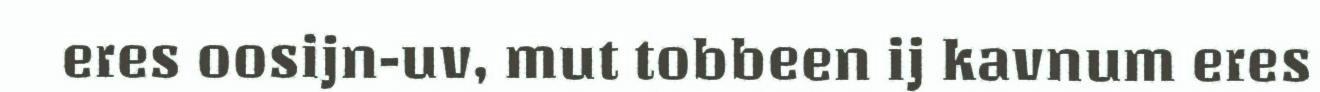
eres oosijn-uv, mut tobbeen ij kavnum eres